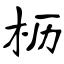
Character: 枥